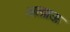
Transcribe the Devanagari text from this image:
अत्य्राऊ